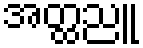
အတ္ထညူ